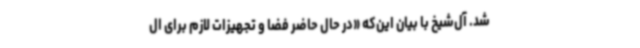
شد. آل‌شیخ با بیان این‌که «در حال حاضر فضا و تجهیزات لازم برای ال